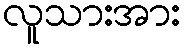
လူသားအား